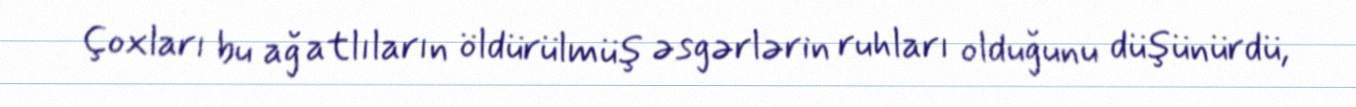
Çoxları bu ağ atlıların öldürülmüş əsgərlərin ruhları olduğunu düşünürdü,